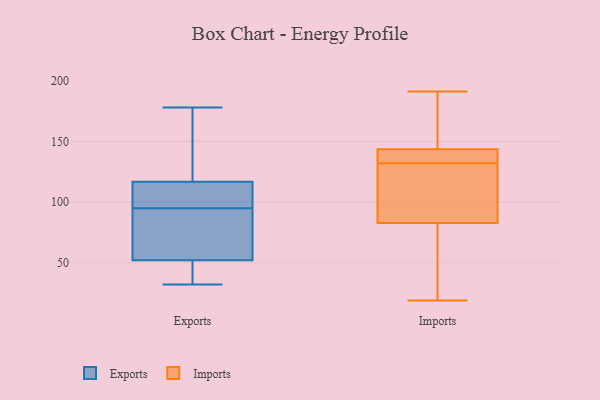
{"axis": {"x": "Population (Million)", "y": "Value"}, "legend": ["Exports", "Imports"], "data": [{"x": "", "y": 95, "type": "Exports"}, {"x": "", "y": 86, "type": "Exports"}, {"x": "", "y": 81, "type": "Exports"}, {"x": "", "y": 32, "type": "Exports"}, {"x": "", "y": 105, "type": "Exports"}, {"x": "", "y": 178, "type": "Exports"}, {"x": "", "y": 116, "type": "Exports"}, {"x": "", "y": 119, "type": "Exports"}, {"x": "", "y": 158, "type": "Exports"}, {"x": "", "y": 46, "type": "Exports"}, {"x": "", "y": 32, "type": "Exports"}, {"x": "", "y": 54, "type": "Exports"}, {"x": "", "y": 103, "type": "Exports"}, {"x": "", "y": 67, "type": "Imports"}, {"x": "", "y": 27, "type": "Imports"}, {"x": "", "y": 135, "type": "Imports"}, {"x": "", "y": 168, "type": "Imports"}, {"x": "", "y": 132, "type": "Imports"}, {"x": "", "y": 106, "type": "Imports"}, {"x": "", "y": 144, "type": "Imports"}, {"x": "", "y": 191, "type": "Imports"}, {"x": "", "y": 142, "type": "Imports"}, {"x": "", "y": 163, "type": "Imports"}, {"x": "", "y": 139, "type": "Imports"}, {"x": "", "y": 19, "type": "Imports"}, {"x": "", "y": 101, "type": "Imports"}, {"x": "", "y": 81, "type": "Imports"}, {"x": "", "y": 88, "type": "Imports"}, {"x": "", "y": 22, "type": "Imports"}, {"x": "", "y": 150, "type": "Imports"}, {"x": "", "y": 115, "type": "Imports"}, {"x": "", "y": 133, "type": "Imports"}]}